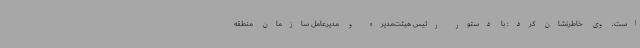
است. وی خاطرنشان کرد: با دستور رئیس هیئت‌مدیره و مدیرعامل سازمان منطقه